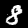
Label: 8